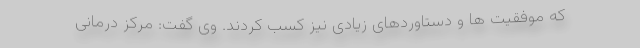
که موفقیت ها و دستاوردهای زیادی نیز کسب کردند. وی گفت: مرکز درمانی